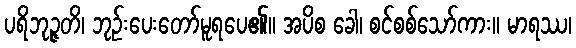
ပရိဘုဉ္ဇတိ၊ ဘုဉ်းပေးတော်မူရပေ၏။ အပိစ ခေါ၊ စင်စစ်သော်ကား။ မာရဿ၊